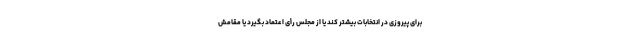
برای پیروزی در انتخابات بیشتر کند یا از مجلس رأی اعتماد بگیرد یا مقامش